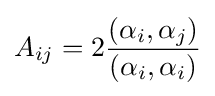
A_{ij}=2{\frac {\left(\alpha _{i},\alpha _{j}\right)}{\left(\alpha _{i},\alpha _{i}\right)}}